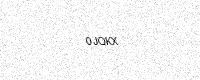
Text: 0JQKX